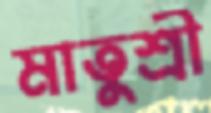
মাতুশ্রী